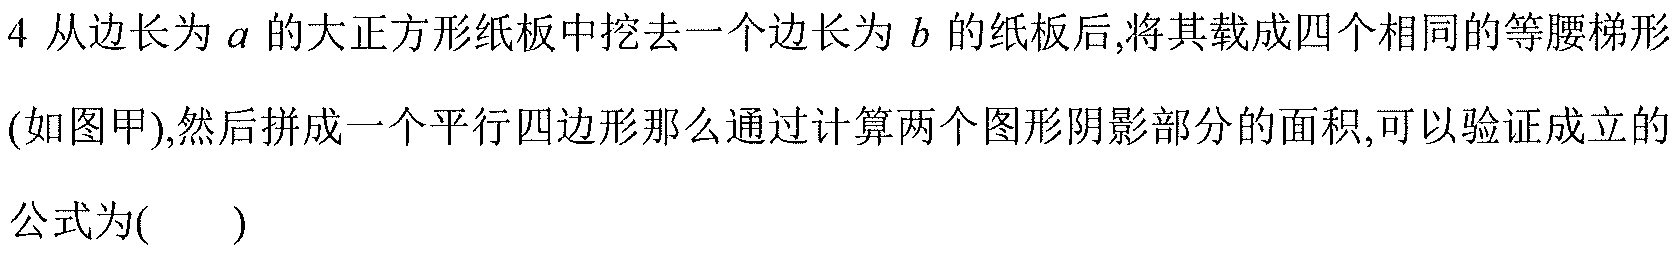
4 从边长为 \(a\) 的大正方形纸板中挖去一个边长为 \(b\) 的纸板后,将其裁成四个相同的等腰梯形(如图甲),然后拼成一个平行四边形那么通过计算两个图形阴影部分的面积,可以验证成立的公式为(  )